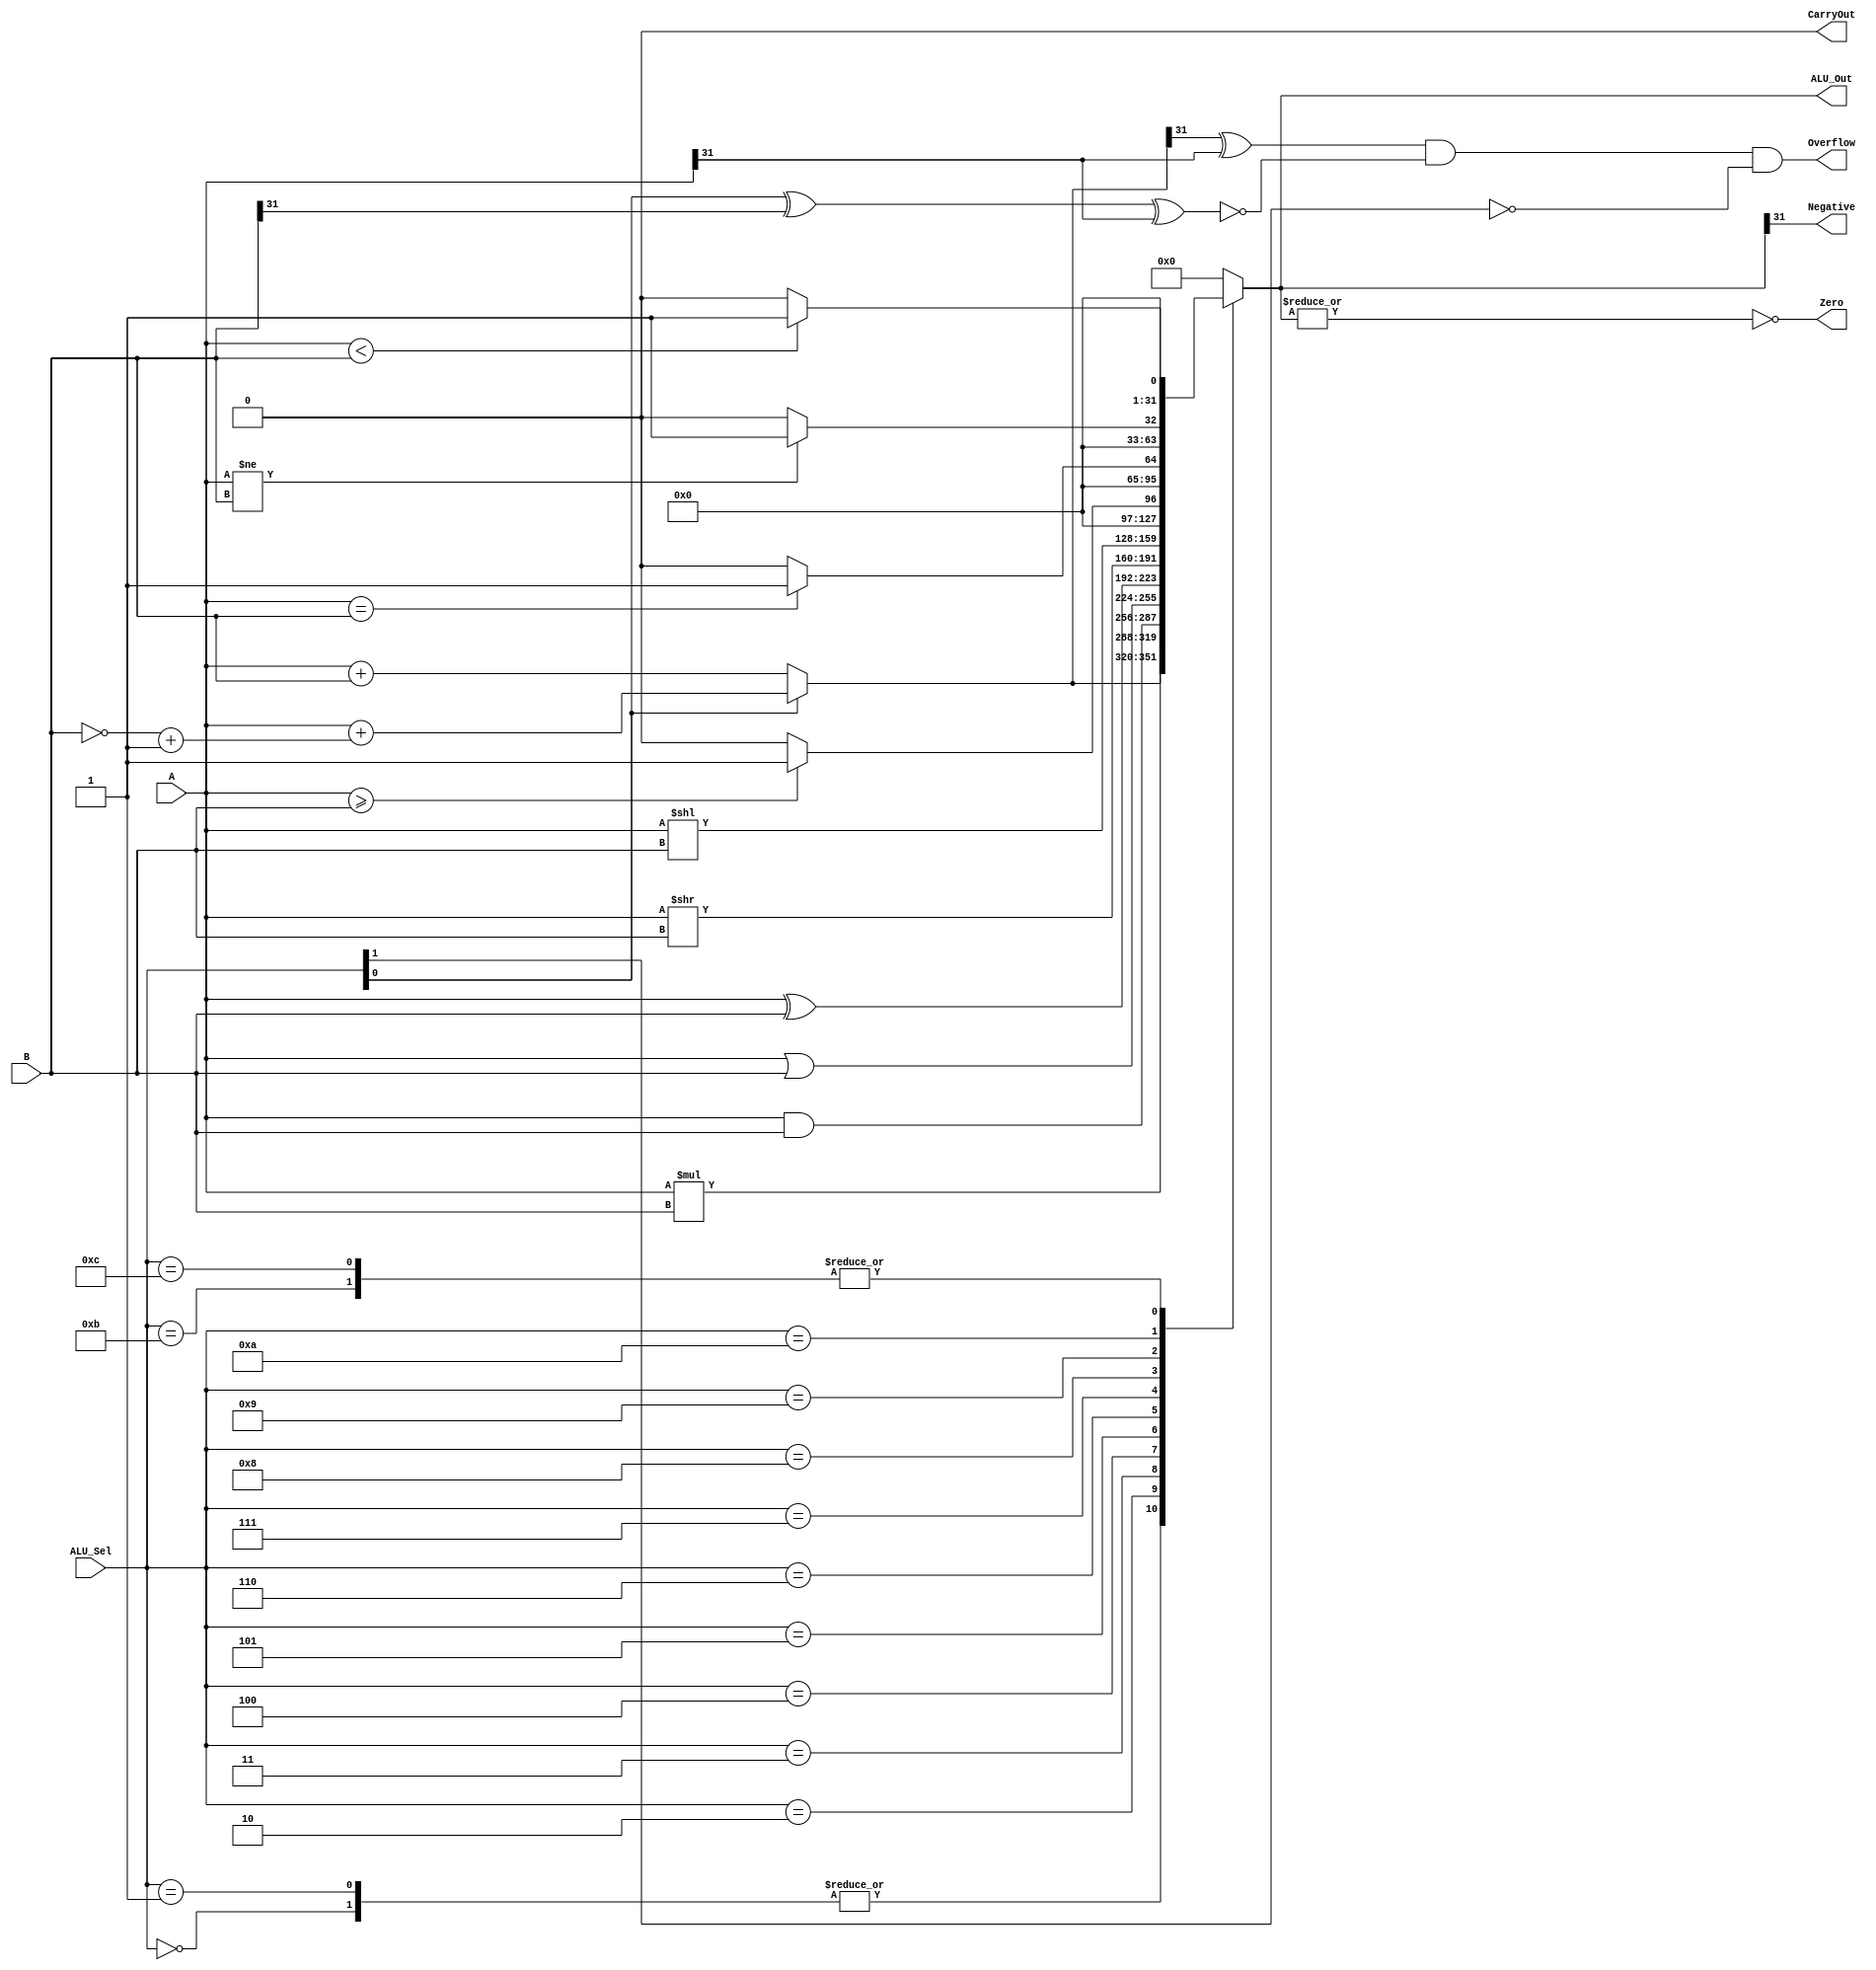
// This program was cloned from: https://github.com/theuppercaseguy/FYP--Risc-V-32-bit-Matrix-Mac
// License: GNU General Public License v3.0

`timescale 1ns / 1ps
//////////////////////////////////////////////////////////////////////////////////
// Company: 
// Engineer: 
// 
// Design Name: 
// Module Name: ALU
// Project Name: 
// Target Devices: 
// Tool Versions: 
// Description: 
// 
// Dependencies: 
// 
// Revision:
// Revision 0.01 - File Created
// Additional Comments:
// 
//////////////////////////////////////////////////////////////////////////////////


module ALU(
    input [31:0] A, B,       // ALU 32-bit Inputs                 
    input [5:0] ALU_Sel,     // ALU Selection
    
    output reg [31:0] ALU_Out,   // ALU 32-bit Output
    output reg CarryOut,         // Carry Out Flag
    output reg Zero,             // Zero Flag
    output reg Negative,         // Negative Flag
    output reg Overflow          // Overflow Flag
);
    reg Cout;
    wire [31:0]Sum;


    assign Sum = (ALU_Sel[0] == 1'b0) ? A + B : //ARITHMETIC ADITION
                               (A + ((~B)+1)) ; //ARITHMETIC SUBTRACTION using 2's compliment
    
    always @(*)
    begin
        case ( ALU_Sel )
            6'b000000: 
                ALU_Out =  Sum ;                            //ARITHMETIC ADITION
            6'b000001: 
                ALU_Out =  Sum ;                            //ARITHMETIC SUBTRACTION using 2's compliment
            6'b000010: 
                ALU_Out =  A * B;                            //ARITHMETIC Multiplication
            6'b000011: 
                ALU_Out = A & B ;                           // bitwise and  
            6'b000100: 
               ALU_Out = A | B ;                           // bitwise or
            6'b00101: 
                ALU_Out = A ^ B ;                           // bitwise XOR
            6'b000110:
                ALU_Out = A >> B ;                          // Logical shift right B times
            6'b000111:
                ALU_Out = A << B ;                          // Logical shift right B times
            6'b001000: 
                ALU_Out = (A >= B) ? 32'd1 : 32'd0;          // Greater equal comparison
            6'b001001: 
                ALU_Out = (A == B) ? 32'd1 : 32'd0;         // Equal comparison
            6'b001010: 
                ALU_Out = (A != B) ? 32'd1 : 32'd0;         // Not Equal comparison
            6'b001011: 
                ALU_Out = (A < B) ? 32'd1 : 32'd0;          // Less Then comparison
            6'b001100:
               ALU_Out  = (A < B) ? 32'd1 : 32'd0; //slt, set less then
            6'b111111:
               { Cout, ALU_Out } = {{33{1'b0}}} ;          //Ecall = Ebreak = end
            default: 
                {Cout, ALU_Out} = {33{1'b0}};                //Nothing            
        
        endcase
        Overflow = ((Sum[31] ^ A[31]) & (~(ALU_Sel[0] ^ B[31] ^ A[31])) & (~ALU_Sel[1]));
        
        CarryOut = ((~ALU_Sel[1]) & Cout);
        Zero = ~|ALU_Out;
        Negative = ALU_Out[31];
     end                 


endmodule